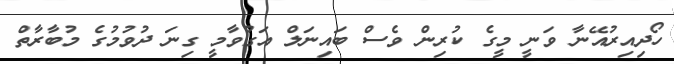
ހޯދިއިރުއޭނާ ވަނީ މީގެ ކުރިން ވެސް ބައިނަލް އަގުވާމީ ގިނަ ދުވުމުގެ މުބާރާތް